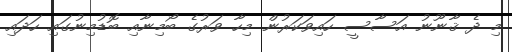
މި ދެ ޤާނޫނު އަސާސީ ހައިވަކަރުން މިހާ ވަރުގެ ބޯމިނާއި ބޮޑުމިނުގައި ހަދައި